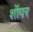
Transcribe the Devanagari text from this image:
शॉपर